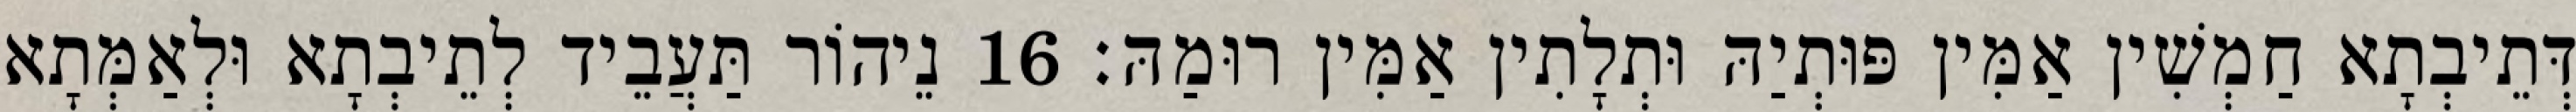
דְּתֵיבְתָא חַמְשִׁין אַמִּין פּוּתְיַהּ וּתְלָתִין אַמִּין רוּמַהּ׃ 16 נֵיהוֹר תַּעֲבֵיד לְתֵיבְתָא וּלְאַמְּתָא